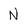
Character: N